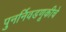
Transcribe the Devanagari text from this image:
पुनर्निवडणूकीचे